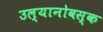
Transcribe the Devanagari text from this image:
उल्यानोवस्क